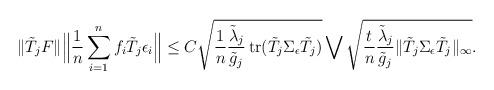
LaTeX: \begin{align*} \|\tilde T_j F\|\Big\|\frac{1}{n}\sum_{i=1}^nf_i\tilde T_j\epsilon_i\Big\| &\leq C\sqrt{\frac{1}{n}\frac{\tilde\lambda_j}{\tilde g_j}\operatorname{tr}(\tilde T_j\Sigma_\epsilon \tilde T_j)}\bigvee\sqrt{\frac{t}{n}\frac{\tilde\lambda_j}{\tilde g_j}\|\tilde T_j\Sigma_\epsilon \tilde T_j\|_{\infty}}.\end{align*}